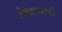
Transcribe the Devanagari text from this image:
किडण्याची